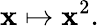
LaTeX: \mathbf{x}\mapsto\mathbf{x}^{2}.